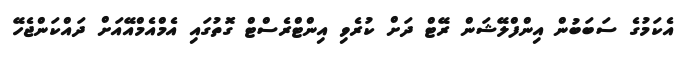
އެކަމުގެ ސަބަބުން އިންފްލޭޝަން ރޭޓް ދަށް ކުރެވި އިންޓްރެސްޓް ގޮތުގައި އެމްއެމްއޭއަށް ދައްކަންޖެހޭ